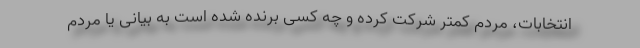
انتخابات، مردم کمتر شرکت کرده و چه کسی برنده شده است به بیانی یا مردم